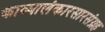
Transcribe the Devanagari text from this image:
काव्यालंकारसारसंग्रह